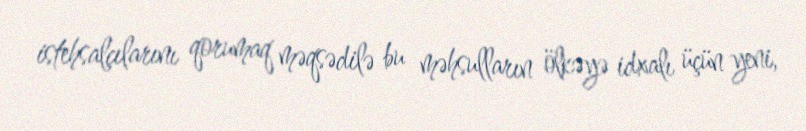
istehsalçılarını qorumaq məqsədilə bu məhsulların ölkəyə idxalı üçün yeni,